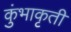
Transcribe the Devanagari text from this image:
कुंभाकृती